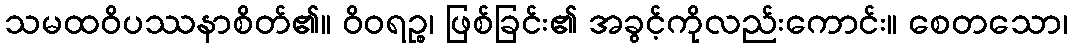
သမထဝိပဿနာစိတ်၏။ ဝိဝရဉ္စ၊ ဖြစ်ခြင်း၏ အခွင့်ကိုလည်းကောင်း။ စေတသော၊